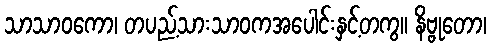
သာသာဝကော၊ တပည့်သားသာဝကအပေါင်းနှင့်တကွ။ နိဗ္ဗုတော၊